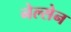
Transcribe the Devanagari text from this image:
नेल्सेन